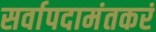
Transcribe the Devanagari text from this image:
सर्वापदामंतकरं